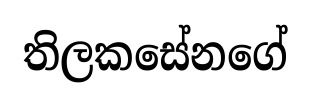
තිලකසේනගේ